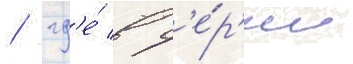
/ гд'е́ в с'е́р'ии